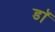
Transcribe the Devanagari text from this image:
डाॅॅ